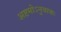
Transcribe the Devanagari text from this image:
अष्टमोऽनुवाकः